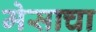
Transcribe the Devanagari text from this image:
मेसाचा